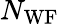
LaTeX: N_{\mathrm{WF}}